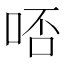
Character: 𠳝